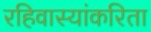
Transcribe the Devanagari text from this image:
रहिवास्यांकरिता